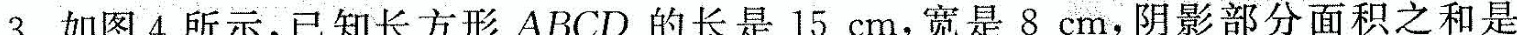
3.如图4所示，已知长方形ABCD的长是15cm，宽是8cm，阴影部分面积之和是